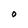
Character: O